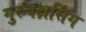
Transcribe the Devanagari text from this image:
गुरुबक्षसिंग